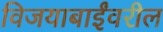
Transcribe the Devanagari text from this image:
विजयाबाईंवरील